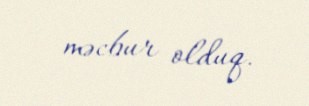
məcbur olduq.